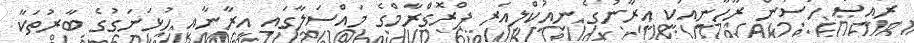
ރައީސް ހަސަން ރޫހާނީއަކީ އީރާނުގެ ނިއުކްލިއަރ ޕްރޮގްރާމްގެ މައްސަލާގައި އީރާނާއި ހުޅަނަގުގެ ބާރުތަކާ